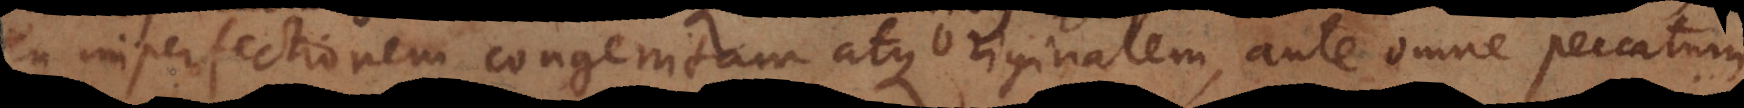
seu imperfectionem congenitam atque originalem, ante omne peccatum